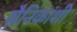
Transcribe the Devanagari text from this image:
सैनिकांशी